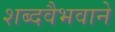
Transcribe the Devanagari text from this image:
शब्दवैभवाने